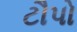
ટૌપો